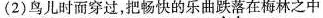
(2)鸟儿时而穿过，把畅快的乐曲跌落在梅林之中